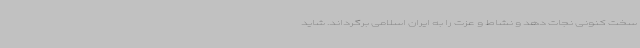
سخت کنونی نجات دهد و نشاط و عزت را به ایران اسلامی برگرداند. شاید